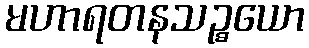
မဟာရတနသဉ္စယော